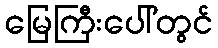
မြေကြီးပေါ်တွင်